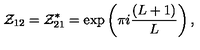
{ \cal Z } _ { 1 2 } = { \cal Z } _ { 2 1 } ^ { * } = \exp \left( \pi i \frac { ( L + 1 ) } { L } \right) ,